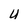
Character: U